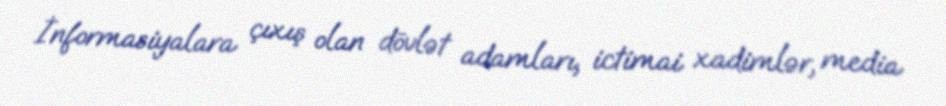
İnformasiyalara çıxış olan dövlət adamları, ictimai xadimlər, media